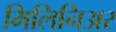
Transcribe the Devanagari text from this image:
मिलिनिअर